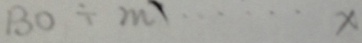
1 3 0 \div m = \cdots x